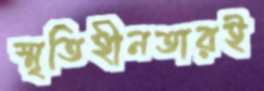
স্মৃতিহীনতারই